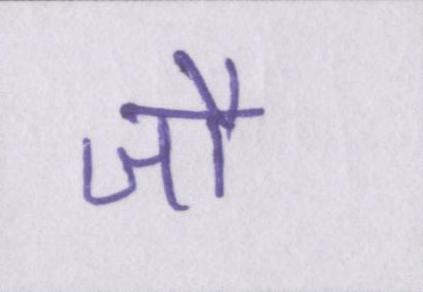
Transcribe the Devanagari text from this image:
जौ